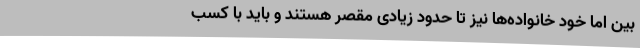
بین اما خود خانواده‌ها نیز تا حدود زیادی مقصر هستند و باید با کسب